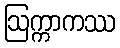
ဩက္ကာကဿ